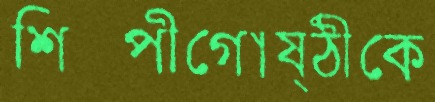
শিল্পীগোষ্ঠীকে